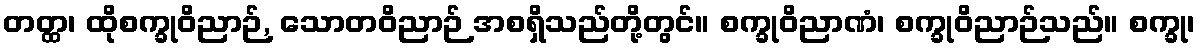
တတ္ထ၊ ထိုစက္ခုဝိညာဉ်, သောတဝိညာဉ် အစရှိသည်တို့တွင်။ စက္ခုဝိညာဏံ၊ စက္ခုဝိညာဉ်သည်။ စက္ခု၊